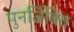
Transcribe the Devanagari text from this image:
पुनर्जिवित